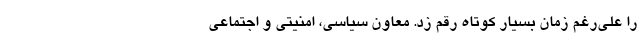
را علی‌رغم زمان بسیار کوتاه رقم زد. معاون سیاسی، امنیتی و اجتماعی